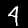
Label: 4